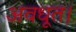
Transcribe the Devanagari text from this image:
अवधूत।